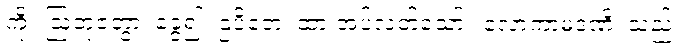
ကို။ ဩဘုဇတွာ၊ ခွေ၍။ ဌပိတေ၊ ထားအပ်လတ်သော်။ လောကာမဒံဏိ၊ သည်။